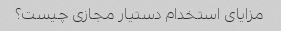
مزایای استخدام دستیار مجازی چیست؟